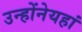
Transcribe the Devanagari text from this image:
उन्होंनेयहां